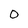
Character: 0